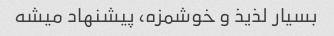
بسیار لذیذ و خوشمزه، پیشنهاد میشه